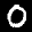
Label: 0